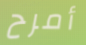
أمرح